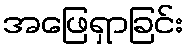
အဖြေရှာခြင်း